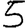
Digit: 5